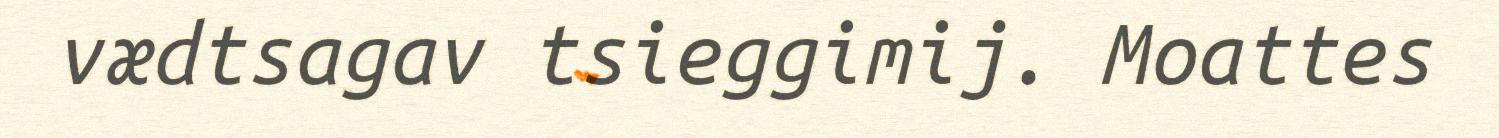
vædtsagav tsieggimij. Moattes